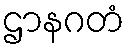
ဌာနဂတံ